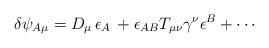
\begin{align*}\delta \psi_{A \mu}={ D}_{\mu}\,\epsilon _A\,+ \epsilon _{AB}T_{\mu\nu} \gamma^\nu\epsilon^B + \cdots\end{align*}